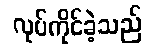
လုပ်ကိုင်ခဲ့သည်